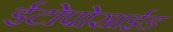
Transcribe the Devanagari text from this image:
ईटोपोसाईड